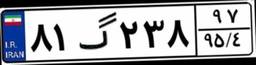
۳۶گ۳۵۸۱۵